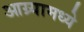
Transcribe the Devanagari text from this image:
आग्र्यामध्ये